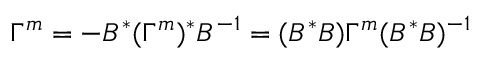
\Gamma ^ { m } = - B ^ { * } ( \Gamma ^ { m } ) ^ { * } B ^ { - 1 } = ( B ^ { * } B ) \Gamma ^ { m } ( B ^ { * } B ) ^ { - 1 }